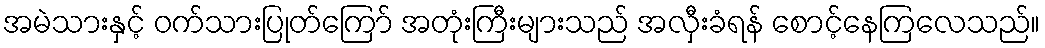
အမဲသားနှင့် ဝက်သားပြုတ်ကြော် အတုံးကြီးများသည် အလှီးခံရန် စောင့်နေကြလေသည်။